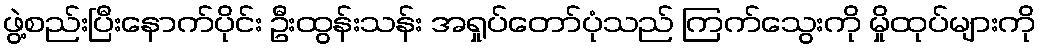
ဖွဲ့စည်းပြီးနောက်ပိုင်း ဦးထွန်းသန်း အရှုပ်တော်ပုံသည် ကြက်သွေးကို မှိုထုပ်များကို